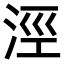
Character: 涇